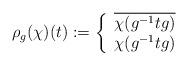
LaTeX: \begin{align*} \rho_g (\chi) (t) := \left\{ \begin{array}{ll} \overline{\chi(g^{-1}tg)} & \\ \chi(g^{-1}tg) & \end{array} \right. \end{align*}